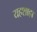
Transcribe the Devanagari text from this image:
यहशाहा